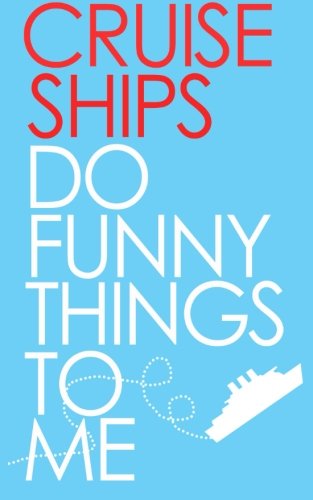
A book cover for Cruise Ships Do Funny Things To Me; Joshua Kinser; Travel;